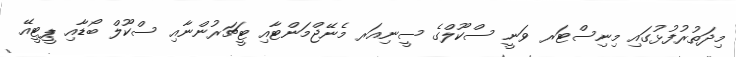
މިދަތުރުފުޅުގައި މިނިސްޓަރ ވަނީ ސްކޫލްގެ ސީނިއަރ މެނޭޖްމަންޓާއި ޓީޗަރުންނާއި ސްކޫލް ބޯޑާއި ޕީޓީއޭ